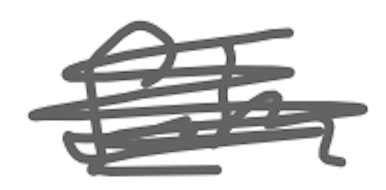
Text: film
Cross-out: mix
Writing tool: digital_gray